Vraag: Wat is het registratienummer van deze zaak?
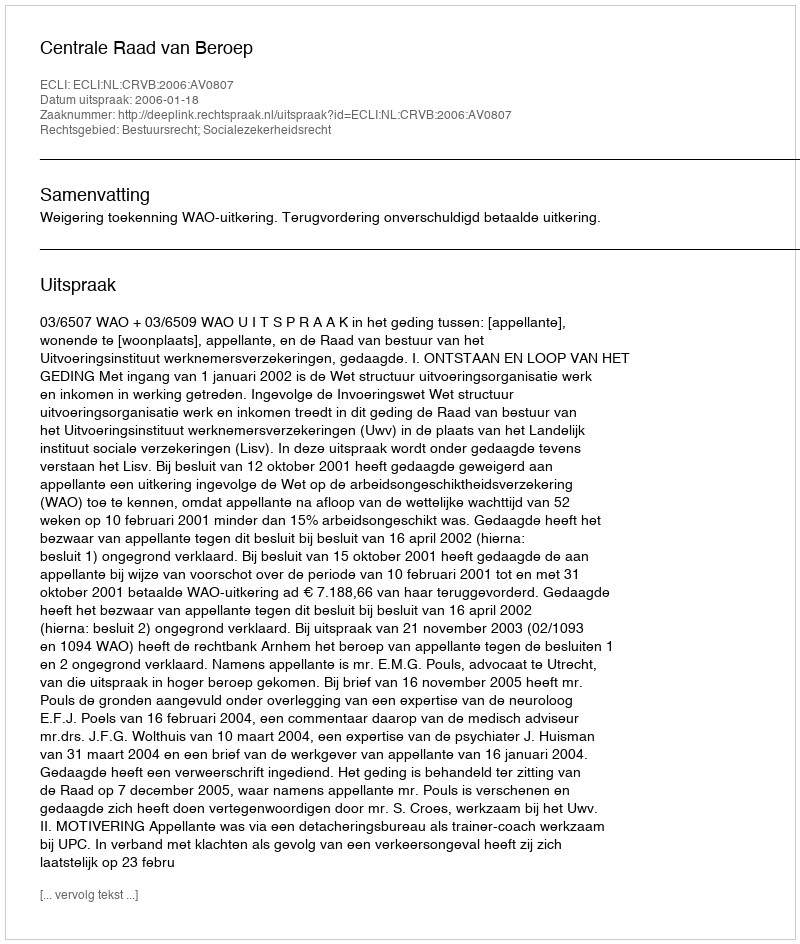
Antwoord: http://deeplink.rechtspraak.nl/uitspraak?id=ECLI:NL:CRVB:2006:AV0807